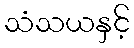
သံသယနှင့်